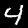
Label: 4